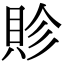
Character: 䝩